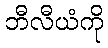
ဘီလီယံကို